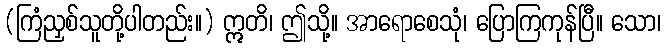
(ကြံညှစ်သူတို့ပါတည်း။) ဣတိ၊ ဤသို့။ အာရောစေသုံ၊ ပြောကြကုန်ပြီ။ သော၊